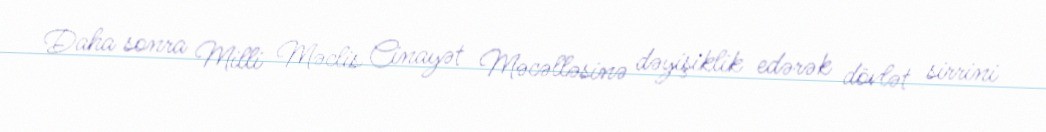
Daha sonra Milli Məclis Cinayət Məcəlləsinə dəyişiklik edərək dövlət sirrini